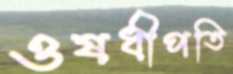
ওষধীপতি